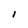
Character: I